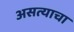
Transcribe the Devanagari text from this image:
असत्याचा